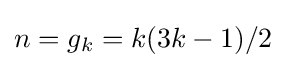
n=g_{k}=k(3k-1)/2